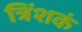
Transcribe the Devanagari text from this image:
त्रिंशकं